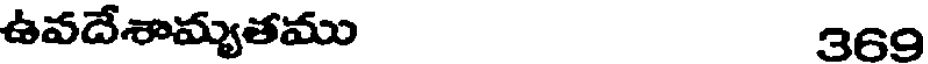
ఉవదేశామ్యతము 369